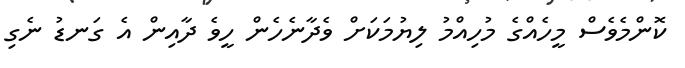
ކޮންމެވެސް މީހެއްގެ މުހިއްމު ލިޔުމަކަށް ވެދާނެހެން ހީވެ ދާއިން އެ ގަނޑު ނެގި